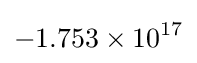
-1.753\times 10^{17}